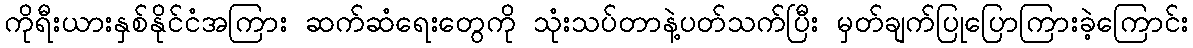
ကိုရီးယားနှစ်နိုင်ငံအကြား ဆက်ဆံရေးတွေကို သုံးသပ်တာနဲ့ပတ်သက်ပြီး မှတ်ချက်ပြုပြောကြားခဲ့ကြောင်း